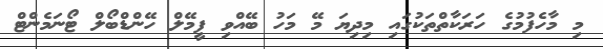
މި މާހެފުމުގެ ހަރަކާތްތަކުގައި މިދިޔަ މޭ މަހު ބޭއްވި ފީމޭލް ހޭންޑްބޯލް ޓޯނަމެންޓް